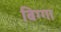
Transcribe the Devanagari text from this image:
बिग्गा